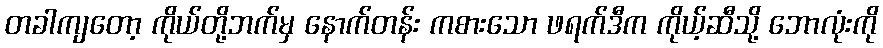
တခါကျတော့ ကိုယ်တို့ဘက်မှ နောက်တန်း ကစားသော ဖရက်ဒီက ကိုယ့်ဆီသို့ ဘောလုံးကို